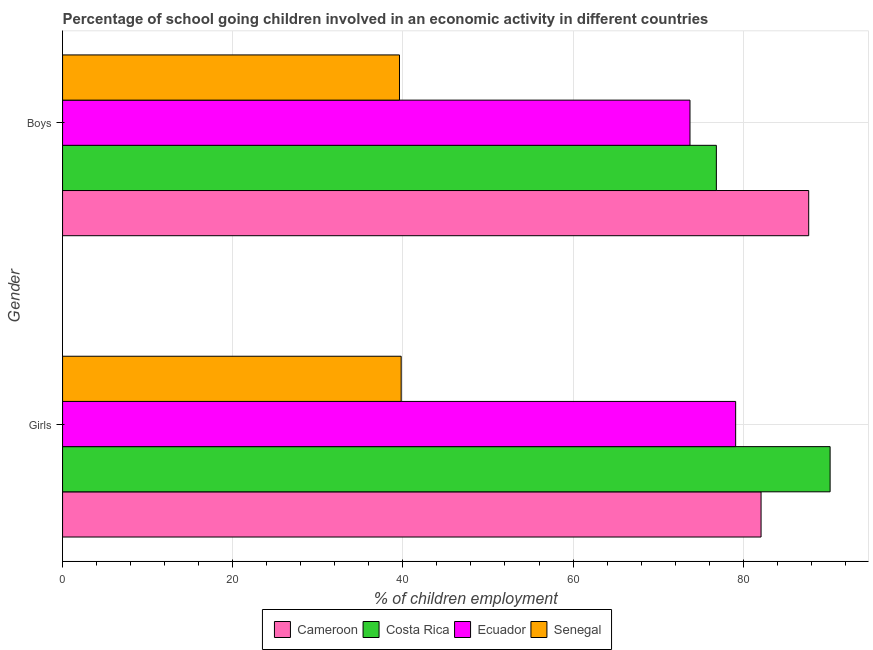
| Gender | Cameroon | Costa Rica | Ecuador | Senegal |
 | --- | --- | --- | --- | --- |
 | Girls | 82.1 | 90.2 | 79.1 | 39.8 |
 | Boys | 87.7 | 76.8 | 73.7 | 39.6 |